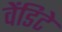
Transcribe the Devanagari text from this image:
वेंडिटे